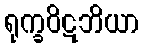
ရုက္ခဝိဋဘိယာ